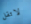
لاتقل